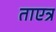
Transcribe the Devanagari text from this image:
ताएत्र